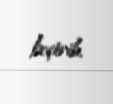
keçirib.